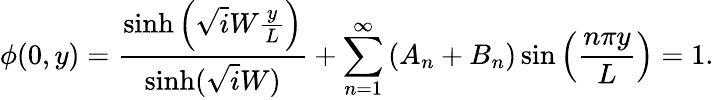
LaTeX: \phi(0,y)=\frac{\sinh\left(\sqrt iW\frac{y}{L}\right)}{\sinh(\sqrt iW)}+\sum_{n=1}^{\infty}\left(A_{n}+B_{n}\right)\sin\left(\frac{n\pi y}{L}\right)=1.